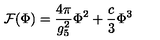
{ \cal F } ( \Phi ) = \frac { 4 \pi } { g _ { 5 } ^ { 2 } } \Phi ^ { 2 } + \frac { c } { 3 } \Phi ^ { 3 }